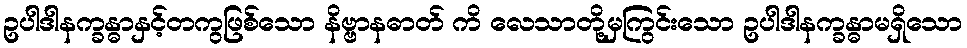
ဥပါဒါနက္ခန္ဓာနှင့်တကွဖြစ်သော နိဗ္ဗာနဓာတ် ကိ လေသာတို့မှကြွင်းသော ဥပါဒါနက္ခန္ဓာမရှိသော